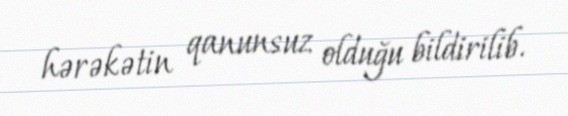
hərəkətin qanunsuz olduğu bildirilib.